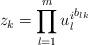
LaTeX: \begin{align*}z_k=\prod_{l=1}^m {u_l^i}^{b_{lk}}\end{align*}